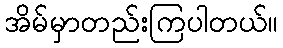
အိမ်မှာတည်းကြပါတယ်။